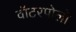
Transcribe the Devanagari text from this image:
वॉटरपोलो